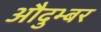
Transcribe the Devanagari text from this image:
औदुभ्बर